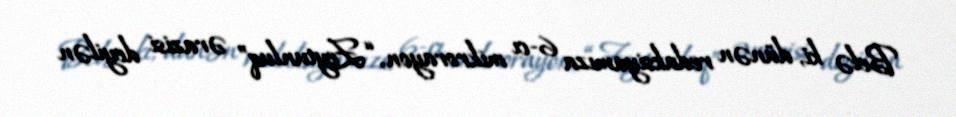
Belə ki, dünən redaksiyamıza 6-cı mikrorayon, “Zeytunluq” ərazisi deyilən